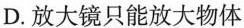
D.放大镜只能放大物体